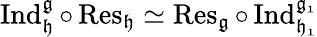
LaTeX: \operatorname{Ind}_{\mathfrak{h}}^{\mathfrak{g}}\circ\operatorname{Res}_{\mathfrak{h}}\simeq\operatorname{Res}_{\mathfrak{g}}\circ\operatorname{Ind}_{\mathfrak{h_{1}}}^{\mathfrak{g_{1}}}